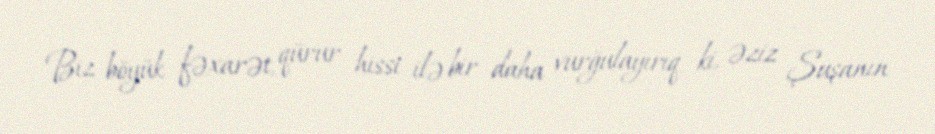
Biz böyük fəxarət, qürur hissi ilə bir daha vurğulayırıq ki, əziz Şuşanın